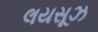
લયસૂઝ